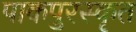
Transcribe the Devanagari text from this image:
पाकपुरस्कृत